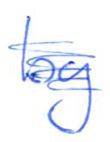
Text: by
Cross-out: scratch
Writing tool: ballpoint